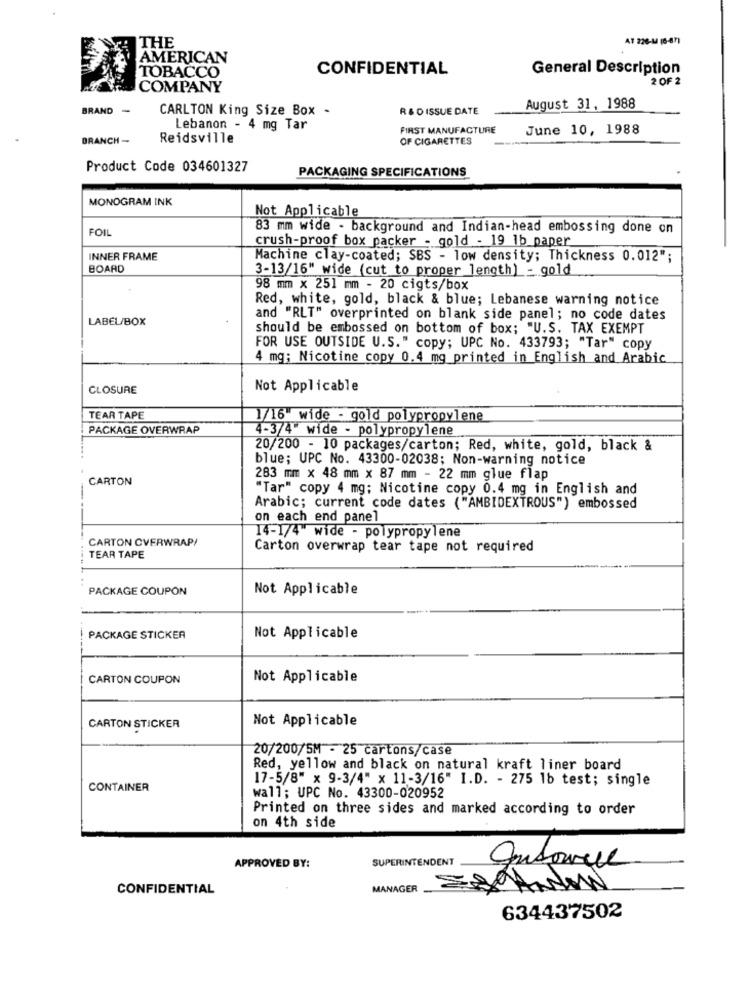
THE
AT 226-14 (6-87)
AMERICAN
TOBACCO
CONFIDENTIAL
General Description
2 OF 2
COMPANY
BRAND
CARLTON King Size Box -
R & D ISSUE DATE
August 31, 1988
Lebanon - 4 mg Tar
FIRST MANUFACTURE
June 10, 1988
BRANCH -
Reidsville
OF CIGARETTES
Product Code 034601327
PACKAGING SPECIFICATIONS
MONOGRAM INK
Not Applicable
FOIL
83 mm wide - background and Indian-head embossing done on
crush-proof box packer - gold - 19 1b paper
INNER FRAME
Machine clay-coated; SBS - low density; Thickness 0.012";
BOARD
3-13/16" wide (cut to proper length) - gold
98 mm x 251 mm - 20 cigts/box
Red, white, gold, black & blue; Lebanese warning notice
LABEL/BOX
and "RLT" overprinted on blank side panel; no code dates
should be embossed on bottom of box; "U.S. TAX EXEMPT
FOR USE OUTSIDE U.S." copy; UPC No. 433793; "Tar" copy
4 mg; Nicotine copy 0.4 mg printed in English and Arabic
CLOSURE
Not Applicable
TEAR TAPE
1/16" wide - gold polypropylene
PACKAGE OVERWRAP
4-3/4" wide - polypropylene
20/200 - 10 packages/carton; Red, white, gold, black &
blue; UPC No. 43300-02038; Non-warning notice
CARTON
283 mm × 48 mm x 87 mm - 22 mm glue flap
"Tar" copy 4 mg; Nicotine copy 0.4 mg in English and
Arabic; current code dates ( "AMBIDEXTROUS") embossed
on each end panel
CARTON CVERWRAP/
14-1/4" wide - polypropylene
Carton overwrap tear tape not required
TEAR TAPE
PACKAGE COUPON
Not Applicable
PACKAGE STICKER
Not Applicable
CARTON COUPON
Not Applicable
Not Applicable
CARTON STICKER
20/200/5M - 25 cartons/case
Red, yellow and black on natural kraft liner board
17-5/8" x 9-3/4" x 11-3/16" I.D. - 275 1b test; single
CONTAINER
wall; UPC No. 43300-020952
Printed on three sides and marked according to order
on 4th side
SUPERINTENDENT
APPROVED BY:
CONFIDENTIAL
MANAGER
634437502